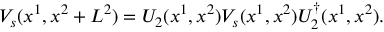
V _ { s } ( x ^ { 1 } , x ^ { 2 } + L ^ { 2 } ) = U _ { 2 } ( x ^ { 1 } , x ^ { 2 } ) V _ { s } ( x ^ { 1 } , x ^ { 2 } ) U _ { 2 } ^ { \dagger } ( x ^ { 1 } , x ^ { 2 } ) .